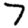
Digit: 7